Annual report of the Punjab Veterinary College and of the Civil Veterinary Department, Punjab - 1920-1925
Year: 1920
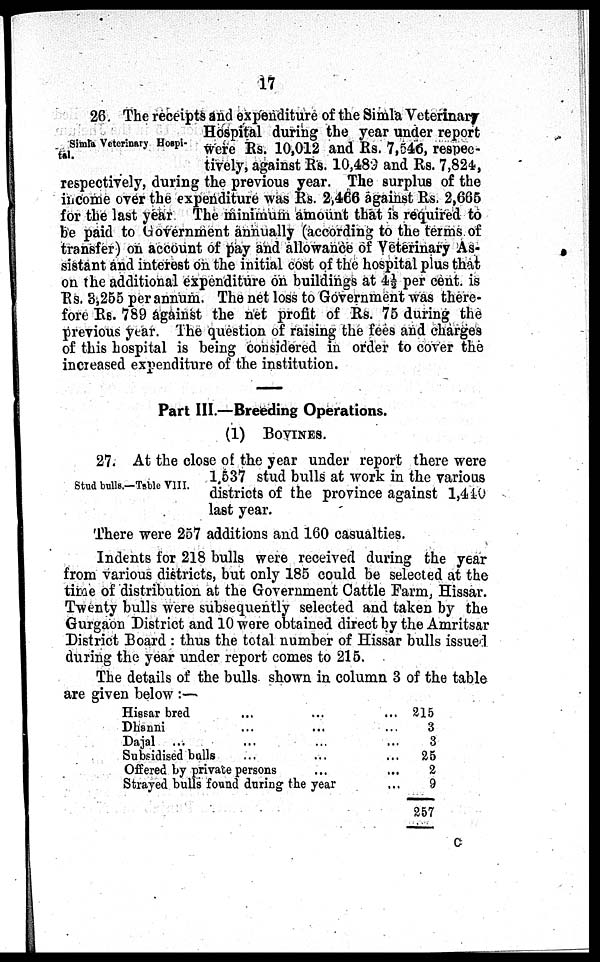
17
Simla Veterinary Hospi-
tal.
26. The receipts and expenditure of the Simla Veterinary
Hospital during the year under report
were Rs. 10,012 and Rs. 7,546, respec-
tively, against Rs. 10,489 and Rs. 7,824,
respectively, during the previous year. The surplus of the
income over the expenditure was Rs. 2,466 against Rs. 2,665
for the last year The minimum amount that is required to
be paid to Government annually (according to the terms of
transfer) on account of pay and allowance of Veterinary As-
sistant and interest on the initial cost of the hospital plus that
on the additional expenditure on buildings at 4½ per cent. is
Rs. 3,255 per annum. The net loss to Government was there-
fore Rs. 789 against the net profit of Rs. 75 during the
previous year. The question of raising the fees and charges
of this hospital is being considered in order to cover the
increased expenditure of the institution.
Part III.—Breeding Operations.
(1)
BOVINES.
Stud bulls.—Table VIII.
27. At the close of the year under report there were
1,537 stud bulls at work in the various
districts of the province against 1,440
last year.
There were 257 additions and 160 casualties.
Indents for 218 bulls were received during the year
from various districts, but only 185 could be selected at the
time of distribution at the Government Cattle Farm, Hissar.
Twenty bulls were subsequently selected and taken by the
Gurgaon District and 10 were obtained direct by the Amritsar
District Board: thus the total number of Hissar bulls issued
during the year under report comes to 215.
The details of the bulls shown in column 3 of the table
are given below:—
Hissar bred
Dhanni
Dajal
...
Subsidised bulls
...
...
...
...
Offered by private persons
...
...
...
...
...
Strayed bulls found during the year
... 215
... 3
... 3
...
25
... 2
... 9
257
C